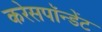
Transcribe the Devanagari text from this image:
करेसपॉन्डेंट